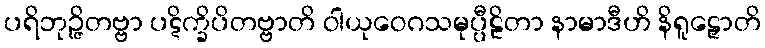
ပရိဘုဉ္ဇိတဗ္ဗာ ပဋိက္ခိပိတဗ္ဗာတိ ဝါယုဝေဂသမုပ္ပီဠိတာ နာမာဒီဟိ နိရူဠှောတိ